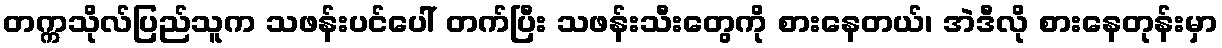
တက္ကသိုလ်ပြည်သူက သဖန်းပင်ပေါ် တက်ပြီး သဖန်းသီးတွေကို စားနေတယ်၊ အဲဒီလို စားနေတုန်းမှာ